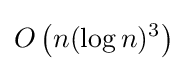
O\left(n(\log n)^{3}\right)